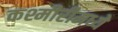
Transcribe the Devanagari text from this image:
कश्मीरीमध्ये